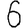
Digit: 6